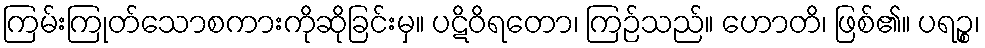
ကြမ်းကြုတ်သောစကားကိုဆိုခြင်းမှ။ ပဋိဝိရတော၊ ကြဉ်သည်။ ဟောတိ၊ ဖြစ်၏။ ပရဉ္စ၊